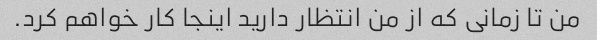
من تا زمانی که از من انتظار دارید اینجا کار خواهم کرد.